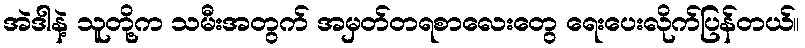
အဲဒါနဲ့ သူတို့က သမီးအတွက် အမှတ်တရစာလေးတွေ ရေးပေးလိုက်ပြန်တယ်။